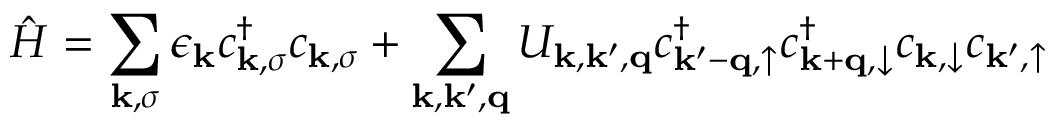
\hat { H } = \sum _ { \mathbf { k } , \sigma } \epsilon _ { \mathbf { k } } c _ { \mathbf { k } , \sigma } ^ { \dagger } c _ { \mathbf { k } , \sigma } + \sum _ { \mathbf { k } , \mathbf { k } ^ { \prime } , \mathbf { q } } U _ { \mathbf { k } , \mathbf { k } ^ { \prime } , \mathbf { q } } c _ { \mathbf { k ^ { \prime } - q } , \uparrow } ^ { \dagger } c _ { \mathbf { k + q } , \downarrow } ^ { \dagger } c _ { \mathbf { k } , \downarrow } c _ { \mathbf { k } ^ { \prime } , \uparrow }